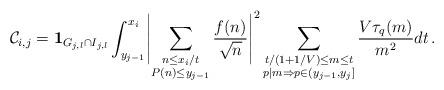
LaTeX: \begin{align*}\mathcal{C}_{i,j} = \mathbf{1}_{G_{j,l} \cap I_{j,l}} \int_{y_{j-1}}^{x_i} \Biggl| \sum_{\substack{n \leq x_i/t \\ P(n) \leq y_{j-1}}} \frac{f(n)}{\sqrt{n}} \Biggr|^2 \sum_{\substack{t / (1 + 1/V) \leq m \leq t \\ p|m \Rightarrow p \in (y_{j-1}, y_j]}} \frac{V \tau_q (m)}{m^2} dt \, . \end{align*}